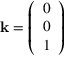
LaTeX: \mathbf { k } = { \left( \begin{array} { l } { 0 } \\ { 0 } \\ { 1 } \end{array} \right) }